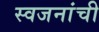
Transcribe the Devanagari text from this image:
स्वजनांची